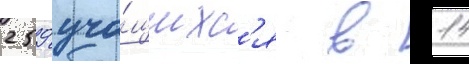
259 уча́щихс'я в 14